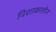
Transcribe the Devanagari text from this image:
निशाकालीन